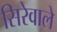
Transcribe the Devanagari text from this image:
सिरेवाले